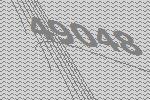
49048